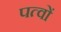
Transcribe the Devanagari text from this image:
पत्वों